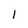
Character: l